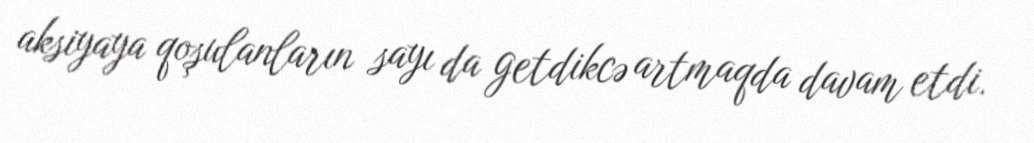
aksiyaya qoşulanların sayı da getdikcə artmaqda davam etdi.